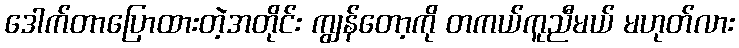
ဒေါက်တာပြောထားတဲ့အတိုင်း ကျွန်တော့ကို တကယ်ကူညီမယ် မဟုတ်လား